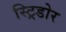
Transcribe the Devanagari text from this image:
स्ट्रिडोर